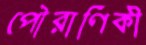
পৌরাণিকী